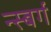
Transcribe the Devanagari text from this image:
न्स्बर्ग